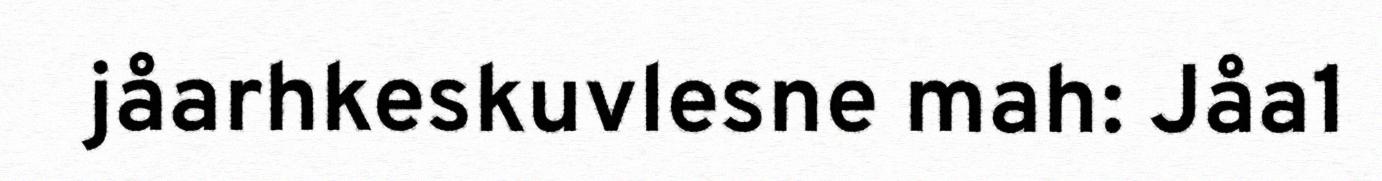
jåarhkeskuvlesne mah: Jåa1